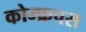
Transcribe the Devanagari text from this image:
कोम्‍फ्रपस